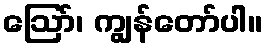
ဩော်၊ ကျွန်တော်ပါ။